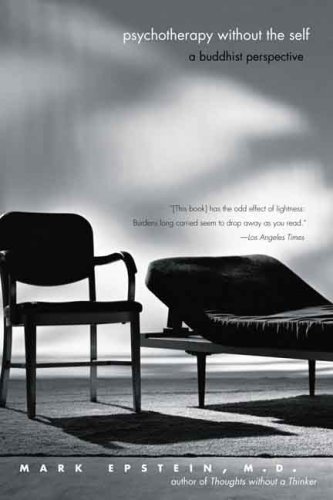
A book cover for Psychotherapy without the Self: A Buddhist Perspective; Mark Epstein; Religion & Spirituality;